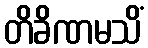
တိခိဏမသိံ